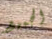
الجميع